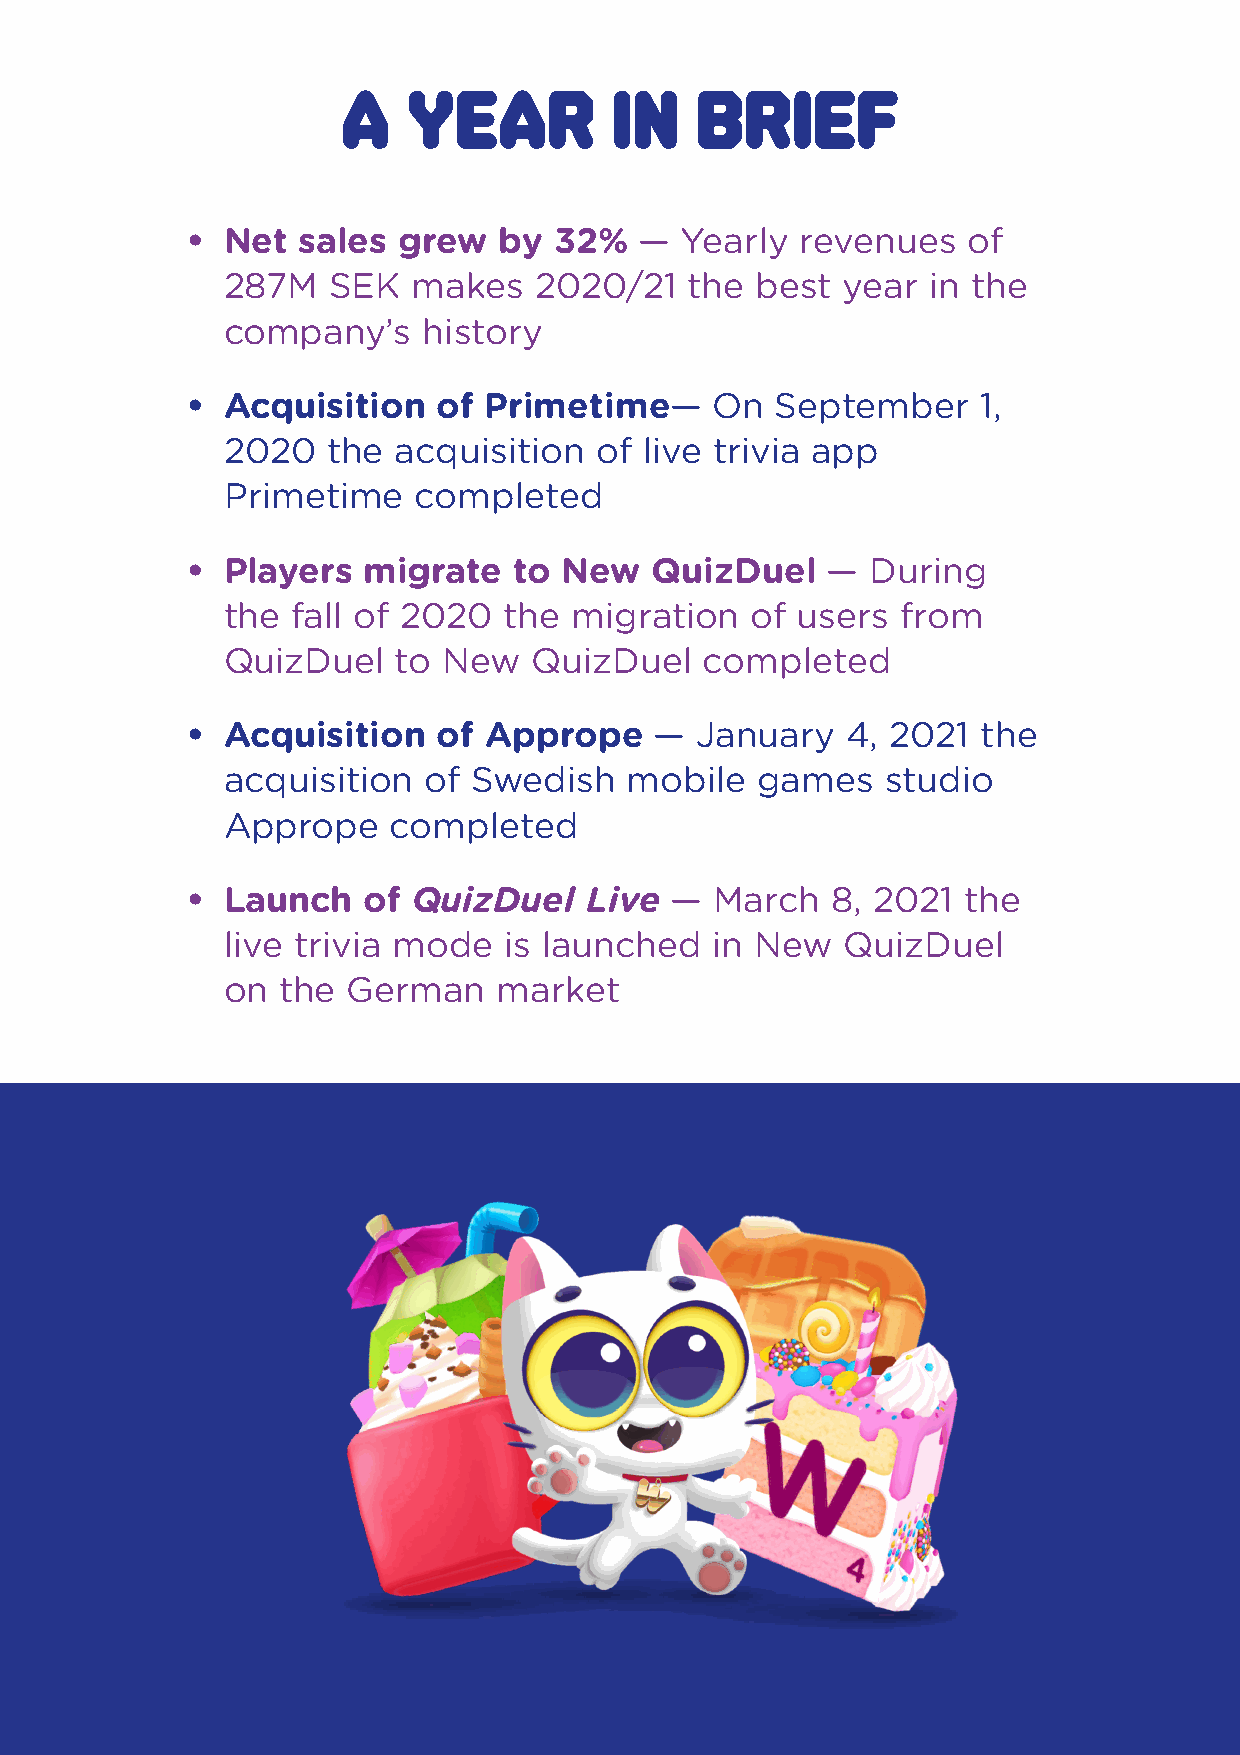
A   year         in    brief
 •  Net  sales grew   by  32%  —  Yearly  revenues   of
 287M   SEK  makes   2020/21    the best  year in the
 company’s    history
 •  Acquisition   of Primetime—     On  September     1,
 2020   the acquisition  of  live trivia app
 Primetime   completed
 •  Players  migrate   to New   QuizDuel    —  During
 the fall of 2020  the  migration   of users  from
 QuizDuel   to New   QuizDuel    completed
 •  Acquisition   of Apprope    —  January   4, 2021  the
 acquisition  of Swedish    mobile  games    studio
 Apprope    completed
 •  Launch   of QuizDuel    Live —  March   8, 2021  the
 live trivia mode  is launched   in New   QuizDuel
 on the  German    market
 MAG Interactive AB (publ) org. nr: 556804-3524                   5